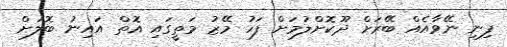
ފިނި ނޭވާއެއް ބޭރަށް ދޫކޮށްލުމަށް ފަހު މޭޒު މަތީގައި އޮތް އައިނު ބޮލަށް